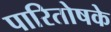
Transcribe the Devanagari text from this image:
पारितोषके